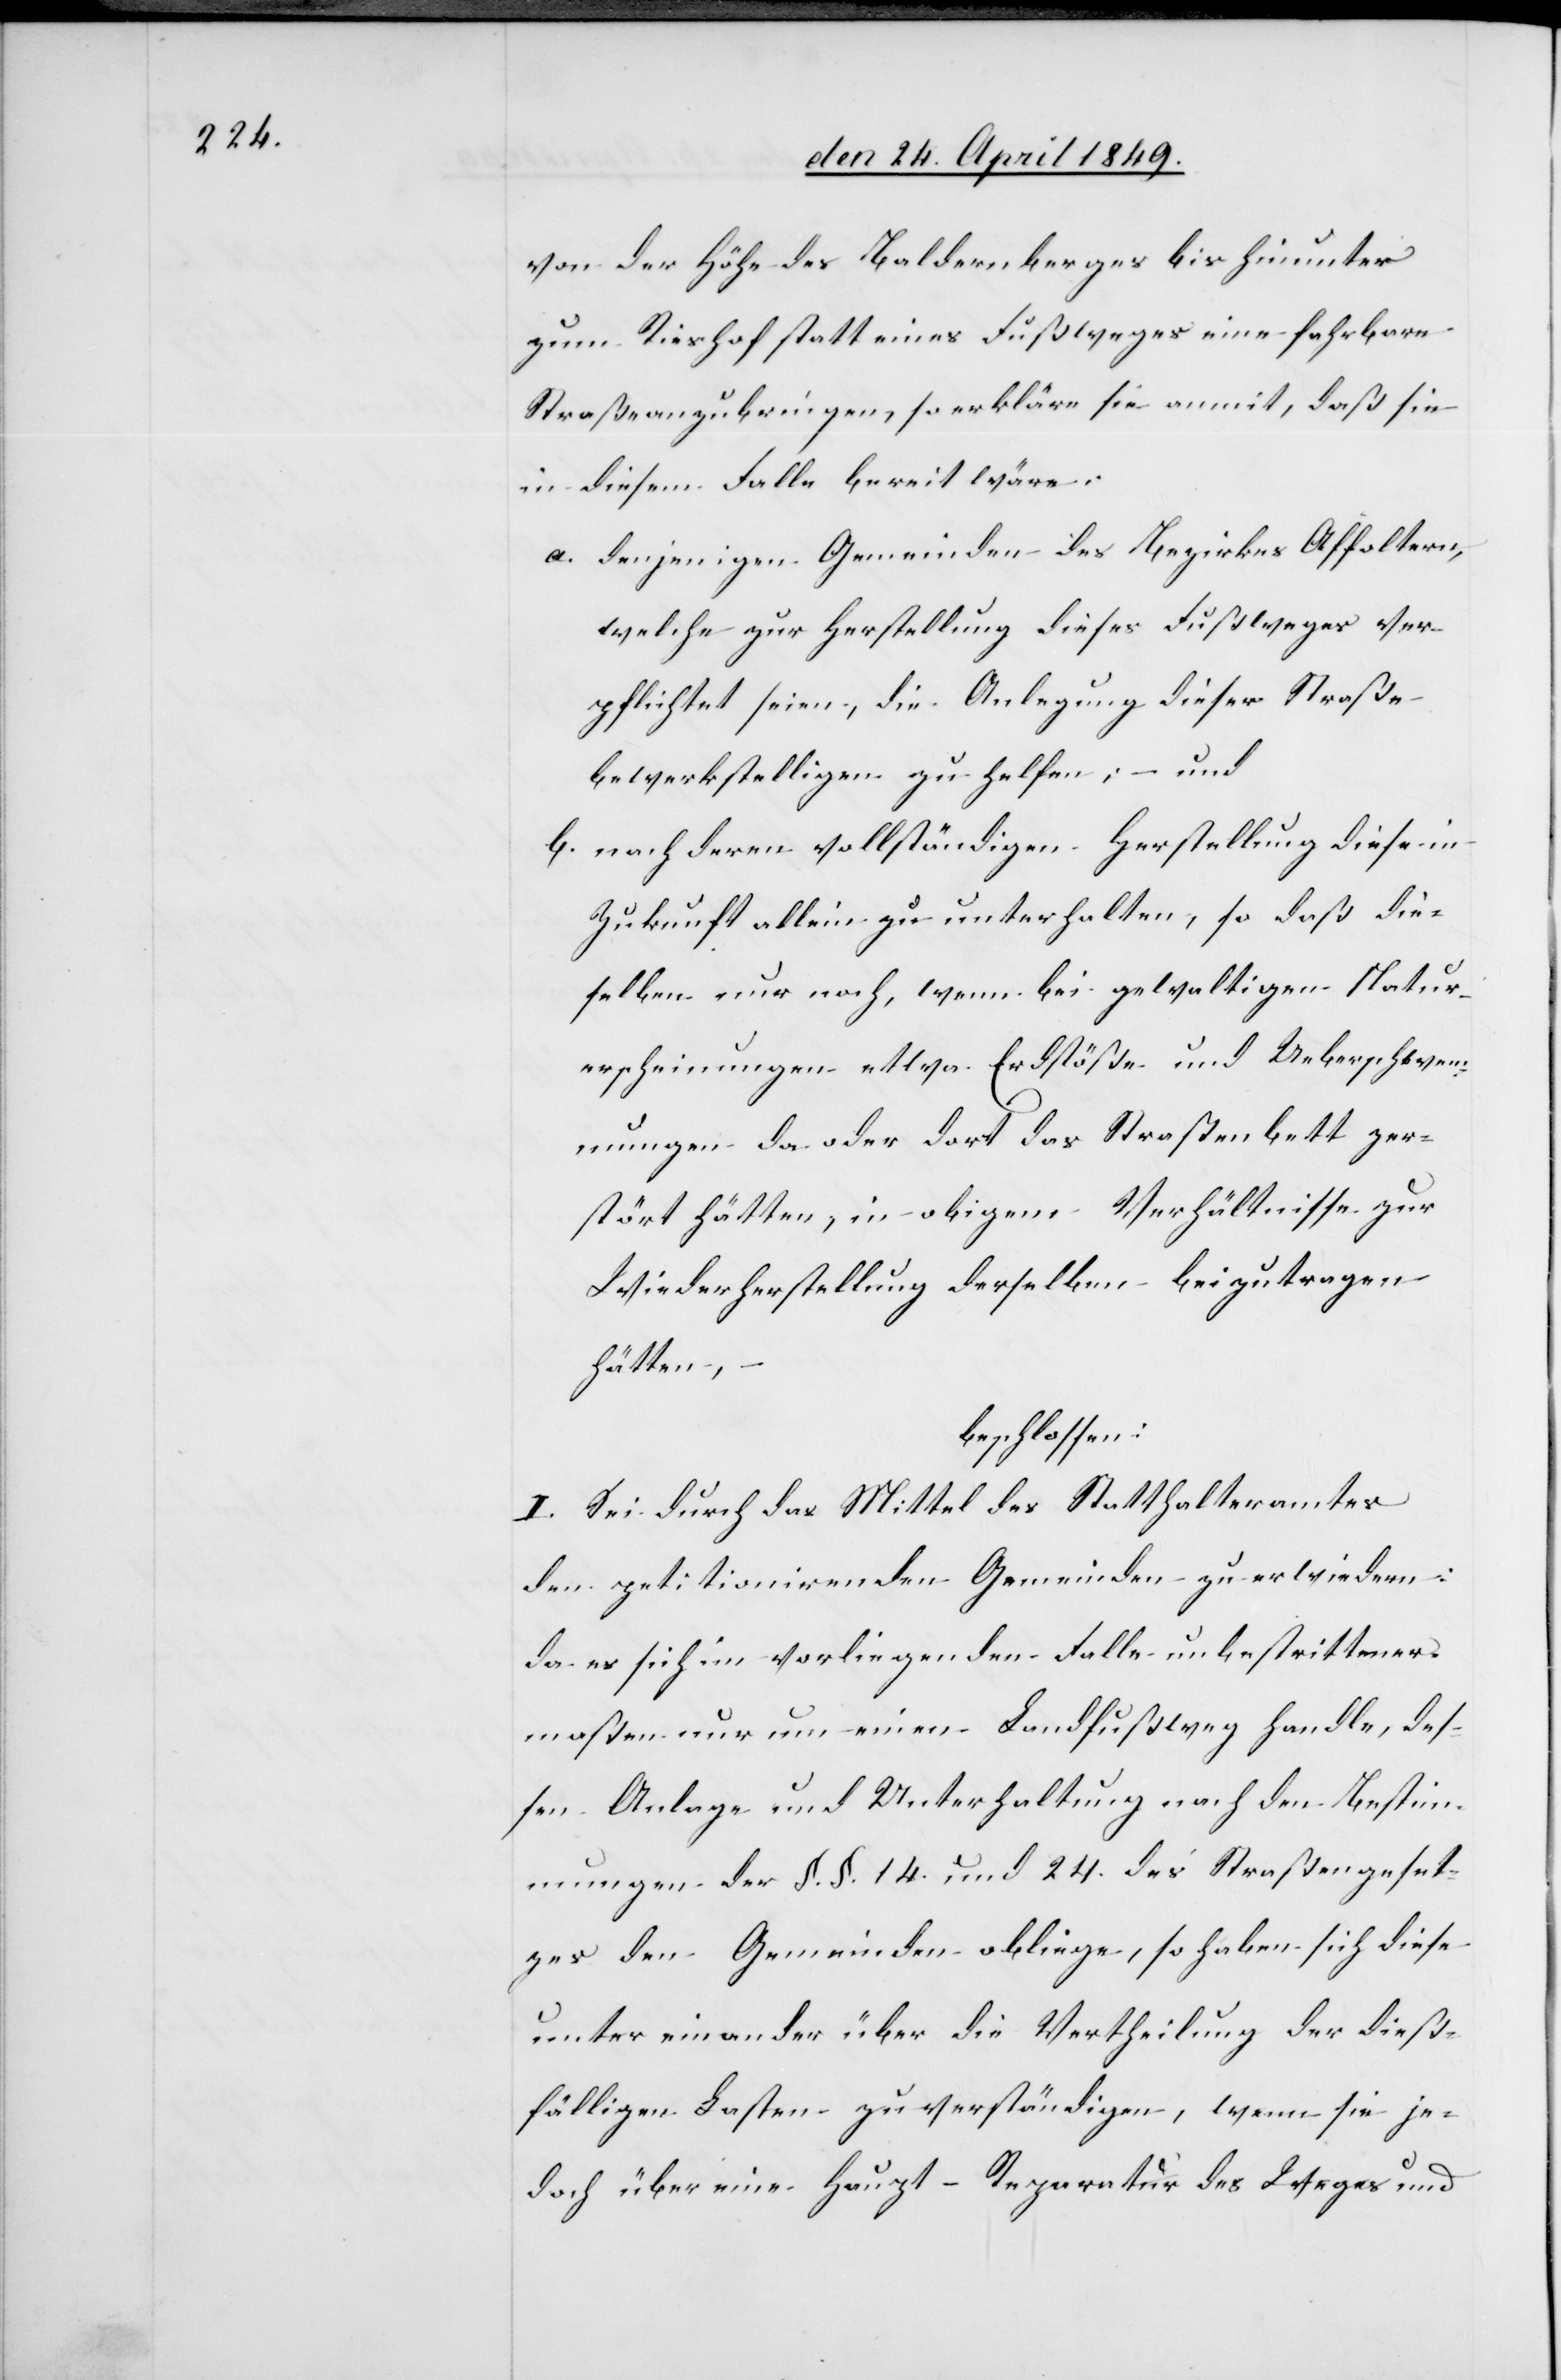
von der Höhe des Baldernberges bis hinunter
zum Rieshof statt eines Fußweges eine fahrbare
Straße anzubringen, so erkläre sie anmit, daß sie
in diesem Falle bereit wäre:
a. denjenigen Gemeinden des Bezirkes Affoltern,
welche zur Herstellung dieses Fußweges ver¬
pflichtet seien, die Anlegung dieser Straße
bewerkstelligen zu helfen; – und
b. nach deren vollständigen Herstellung diese in
Zukunft allein zu unterhalten, so daß die¬
selben nur noch, wenn bei gewaltigen Natur¬
erscheinungen etwa Erdstöße und Ueberschwem¬
mungen da oder dort das Straßenbett zer¬
stört hätten, in obigem Verhältnisse zur
Wiederherstellung derselben beizutragen
hätten,
beschlossen:
I. Sei durch das Mittel des Statthalteramtes
den petitionirenden Gemeinden zu erwiedern:
da es sich im vorliegenden Falle unbestrittener¬
maßen nur um einen Landfußweg handle, des¬
sen Anlage und Unterhaltung nach den Bestim¬
mungen der §. §. 14. und 24. des Straßengeset¬
zes den Gemeinden obliege, so haben sich diese
unter einander über die Vertheilung der dieß¬
fälligen Lasten zu verständigen, wenn sie je¬
doch über eine Haupt-Reparatur des Weges und